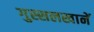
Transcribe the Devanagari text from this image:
गुस्सलखानें